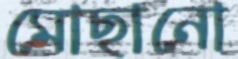
মোছানো